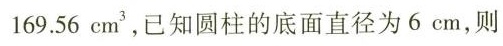
169.56 cm^{3}，已知圆柱的底面直径为 6 cm，则